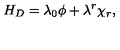
H _ { D } = \lambda _ { 0 } \phi + \lambda ^ { r } \chi _ { r } ,